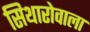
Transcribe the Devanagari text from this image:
सिथारोवाला